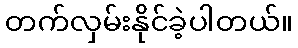
တက်လှမ်းနိုင်ခဲ့ပါတယ်။